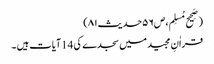
(صَحِیح مُسلِم،ص۵۶حدیث۸۱)
قراٰنِ مجید میں سجدے کی 14آیات ہیں ۔